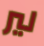
لير